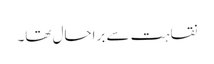
نقاہت سے براحال تھا۔